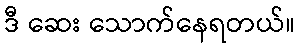
ဒီ ဆေး သောက်နေရတယ်။